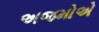
અજમોએ